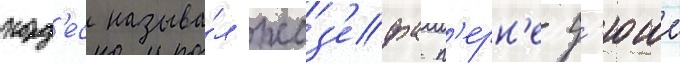
корд'ес называ́л жоз'ефа п'ерн'е-д'юше